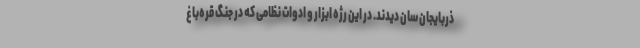
ذربایجان سان دیدند. در این رژه ابزار و ادوات نظامی که در جنگ قره‌باغ